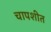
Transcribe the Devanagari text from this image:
चापशीत